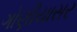
ગોણીયાસર